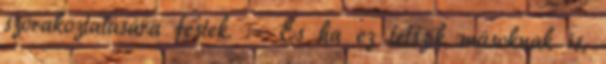
szórakoztatására festek. :- És ha ez tetszik másoknak is,